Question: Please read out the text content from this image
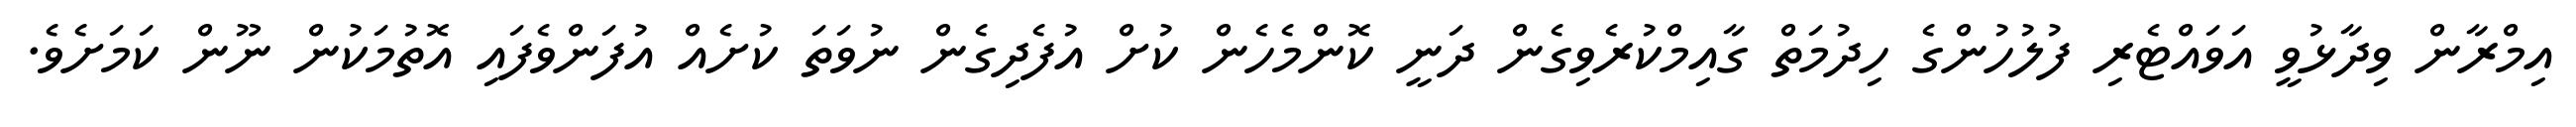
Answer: އިމްރާން ވިދާޅުވީ އަވައްޓެރި ފުލުހުންގެ ހިދުމަތް ގާއިމްކުރެވިގެން ދަނީ ކޮންމެހެން ކުށް އުފެދިގެން ނުވަތަ ކުށެއް އުފަންވެފައި އޮތުމަކުން ނޫން ކަމަށެވެ.